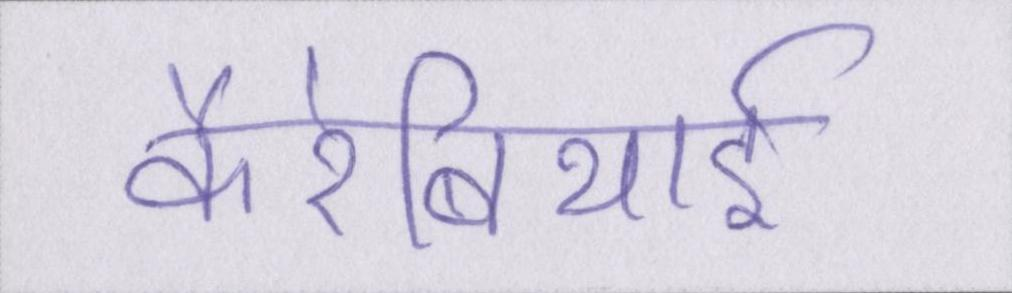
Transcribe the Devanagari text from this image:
कैरेबियाई